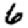
Digit: 6